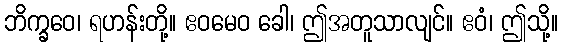
ဘိက္ခဝေ၊ ရဟန်းတို့။ ဧဝမေဝ ခေါ၊ ဤအတူသာလျင်။ ဧဝံ၊ ဤသို့။